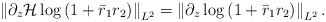
LaTeX: \begin{align*}\left\|\partial_{z} \mathcal{H} \log \left(1+\bar{r}_1 r_2\right)\right\|_{L^2}=\left\|\partial_{z} \log \left(1+\bar{r}_1r_2\right)\right\|_{L^2} .\end{align*}